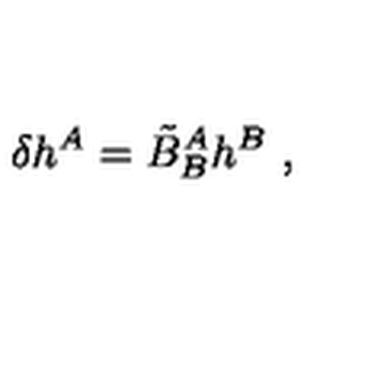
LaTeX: \delta h ^ { A } = \tilde { B } _ { B } ^ { A } h ^ { B } \ ,